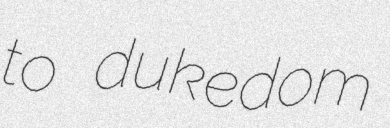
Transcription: to dukedom